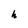
Character: h